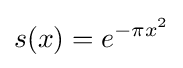
s(x)=e^{-\pi x^{2}}